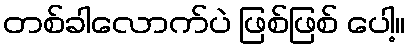
တစ်ခါလောက်ပဲ ဖြစ်ဖြစ် ပေါ့။